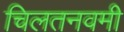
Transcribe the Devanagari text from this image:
चिलतनवमी